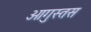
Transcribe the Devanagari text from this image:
ओगुस्तस